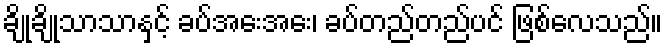
ချိုချိုသာသာနှင့် ခပ်အေးအေး၊ ခပ်တည်တည်ပင် ဖြစ်လေသည်။